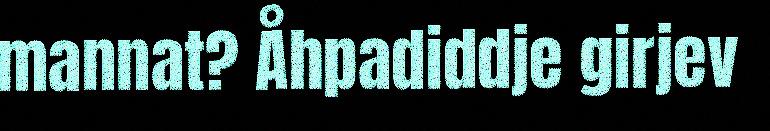
mannat? Åhpadiddje girjev